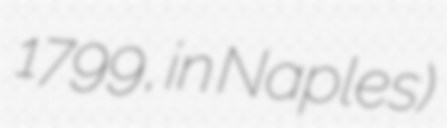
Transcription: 1799, in Naples)